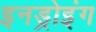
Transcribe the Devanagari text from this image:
इनड्रोइंग